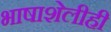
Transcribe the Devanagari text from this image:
भाषाशेलीही